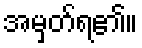
အမှတ်ရ၏။